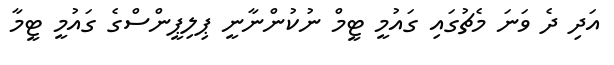
އަދި ދެ ވަނަ މެޗުގައި ގައުމީ ޓީމް ނުކުންނާނީ ޕިލިޕީންސްގެ ގައުމީ ޓީމާ